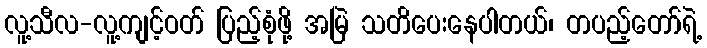
လူ့သီလ-လူ့ကျင့်ဝတ် ပြည့်စုံဖို့ အမြဲ သတိပေးနေပါတယ်၊ တပည့်တော်ရဲ့